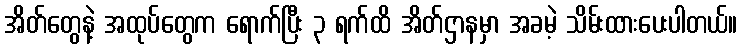
အိတ်တွေနဲ့ အထုပ်တွေက ရောက်ပြီး ၃ ရက်ထိ အိတ်ဌာနမှာ အခမဲ့ သိမ်းထားပေးပါတယ်။